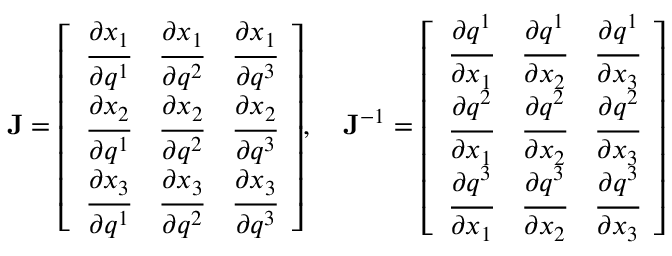
\mathbf { J } = { \left[ \begin{array} { l l l } { { \cfrac { \partial x _ { 1 } } { \partial q ^ { 1 } } } } & { { \cfrac { \partial x _ { 1 } } { \partial q ^ { 2 } } } } & { { \cfrac { \partial x _ { 1 } } { \partial q ^ { 3 } } } } \\ { { \cfrac { \partial x _ { 2 } } { \partial q ^ { 1 } } } } & { { \cfrac { \partial x _ { 2 } } { \partial q ^ { 2 } } } } & { { \cfrac { \partial x _ { 2 } } { \partial q ^ { 3 } } } } \\ { { \cfrac { \partial x _ { 3 } } { \partial q ^ { 1 } } } } & { { \cfrac { \partial x _ { 3 } } { \partial q ^ { 2 } } } } & { { \cfrac { \partial x _ { 3 } } { \partial q ^ { 3 } } } } \end{array} \right] } , \quad \mathbf { J } ^ { - 1 } = { \left[ \begin{array} { l l l } { { \cfrac { \partial q ^ { 1 } } { \partial x _ { 1 } } } } & { { \cfrac { \partial q ^ { 1 } } { \partial x _ { 2 } } } } & { { \cfrac { \partial q ^ { 1 } } { \partial x _ { 3 } } } } \\ { { \cfrac { \partial q ^ { 2 } } { \partial x _ { 1 } } } } & { { \cfrac { \partial q ^ { 2 } } { \partial x _ { 2 } } } } & { { \cfrac { \partial q ^ { 2 } } { \partial x _ { 3 } } } } \\ { { \cfrac { \partial q ^ { 3 } } { \partial x _ { 1 } } } } & { { \cfrac { \partial q ^ { 3 } } { \partial x _ { 2 } } } } & { { \cfrac { \partial q ^ { 3 } } { \partial x _ { 3 } } } } \end{array} \right] }